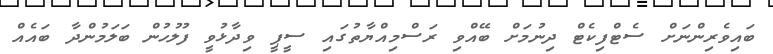
ބައިވެރިންނަށް ސެޓްފިކެޓް ދިނުމަށް ބޭއްވި ރަސްމިއްޔާތުގައި ސީޕީ ވިދާޅުވީ ފުލުހުން ބަލަމުންދާ ބައެއް